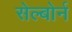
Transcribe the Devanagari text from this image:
सेल्बोर्न